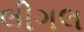
લીગલ